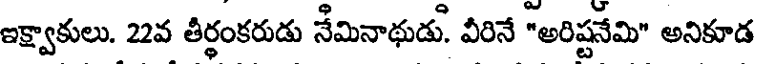
ఇక్ష్వాకులు. 22వ తీర్థంకరుడు నేమినాథుడు. వీరినే "అరిష్టనేమి" అనికూడ